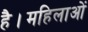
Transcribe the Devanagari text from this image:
है।महिलाओं